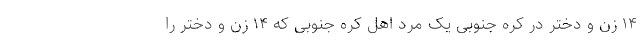
۱۴ زن و دختر در کره جنوبی یک مرد اهل کره جنوبی که ۱۴ زن و دختر را